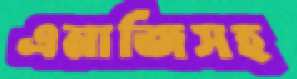
এনার্জিসহ